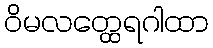
ဝိမလတ္ထေရဂါထာ